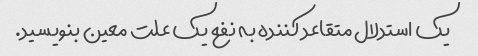
یک استدلال متقاعد کننده به نفع یک علت معین بنویسید.